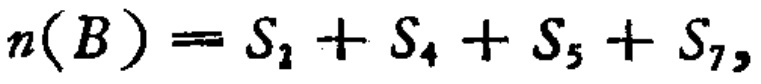
\[n(B)=S_{2}+S_{4}+S_{5}+S_{7},\]